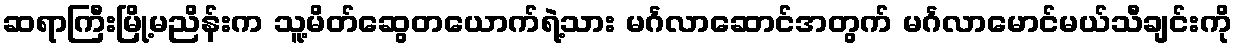
ဆရာကြီးမြို့မညိန်းက သူ့မိတ်ဆွေတယောက်ရဲ့သား မင်္ဂလာဆောင်အတွက် မင်္ဂလာမောင်မယ်သီချင်းကို